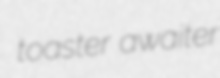
toaster awaiter